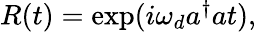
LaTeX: \begin{array}{r}{R(t)=\exp(i\omega_{d}a^{\dagger}at),}\end{array}